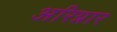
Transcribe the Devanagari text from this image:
अरिग्नार